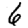
Digit: 6